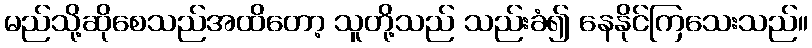
မည်သို့ဆိုစေသည်အထိတော့ သူတို့သည် သည်းခံ၍ နေနိုင်ကြသေးသည်။